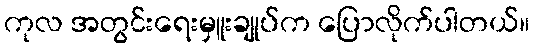
ကုလ အတွင်းရေးမှူးချုပ်က ပြောလိုက်ပါတယ်။